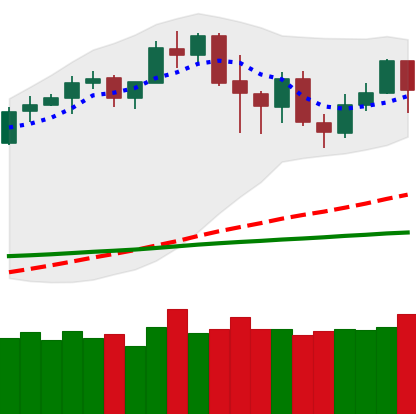
Ticker: LTC-USD
Chart end date: 2020-02-24
Forward return: -22.496%
Label: down_7plus